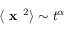
\langle \textbf { x } ^ { 2 } \rangle \sim t ^ { \alpha }